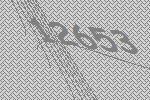
12653